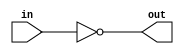
// Developed by Aashi Srivastava
//TITLE: NOT GATE INSTANTIATION

module notGate_Ins (in, out); //module name assignment
    input in; // one-bit input
    output out; 

not N(out,in); //here not module (in-built) has been instantiated
    
endmodule